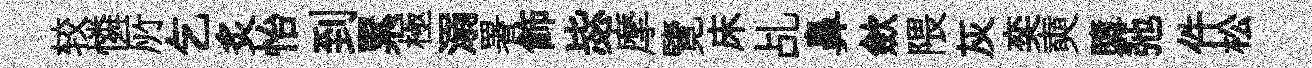
较憐𠩄乞炙怡到累極溺署飾毖摩覽床乩鼻歛隈灰奕奭隳弛件松